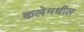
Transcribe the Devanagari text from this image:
कलेमधील